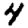
Digit: 4